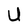
Character: U